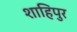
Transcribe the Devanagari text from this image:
शाहिपुर